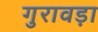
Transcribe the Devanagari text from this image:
गुरावड़ा